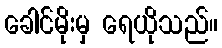
ခေါင်မိုးမှ ရေယိုသည်။